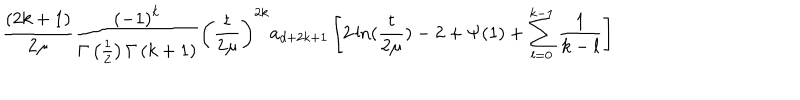
\frac { ( 2 k + 1 ) } { 2 \mu } \frac { \left( - 1 \right) ^ { k } } { \Gamma \left( \frac 1 2 \right) \Gamma \left( k + 1 \right) } \left( \frac { t } { 2 \mu } \right) ^ { 2 k } a _ { d + 2 k + 1 } \left[ 2 \ln ( \frac { t } { 2 \mu } ) - 2 + \Psi ( 1 ) + \sum _ { l = 0 } ^ { k - 1 } \frac 1 { k - l } \right]